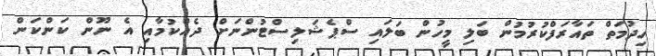
ހިދުމަތް ތައާރަފްކުރުމުން ބަލި މީހުން ބަލައި ސްޕެޝަލިސްޓުންނަށް ދެއްކުމާއި އެ ނޫން ކަންކަން